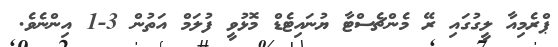
ޕްރެމިއާ ލީގުގައި ރޭ މެންޗެސްޓާ ޔުނައިޓެޑް މޮޅުވީ ފުލަމް އަތުން 3-1 އިންނެވެ.